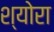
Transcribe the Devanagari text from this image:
श्योरा